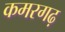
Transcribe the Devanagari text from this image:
कमरगढ़